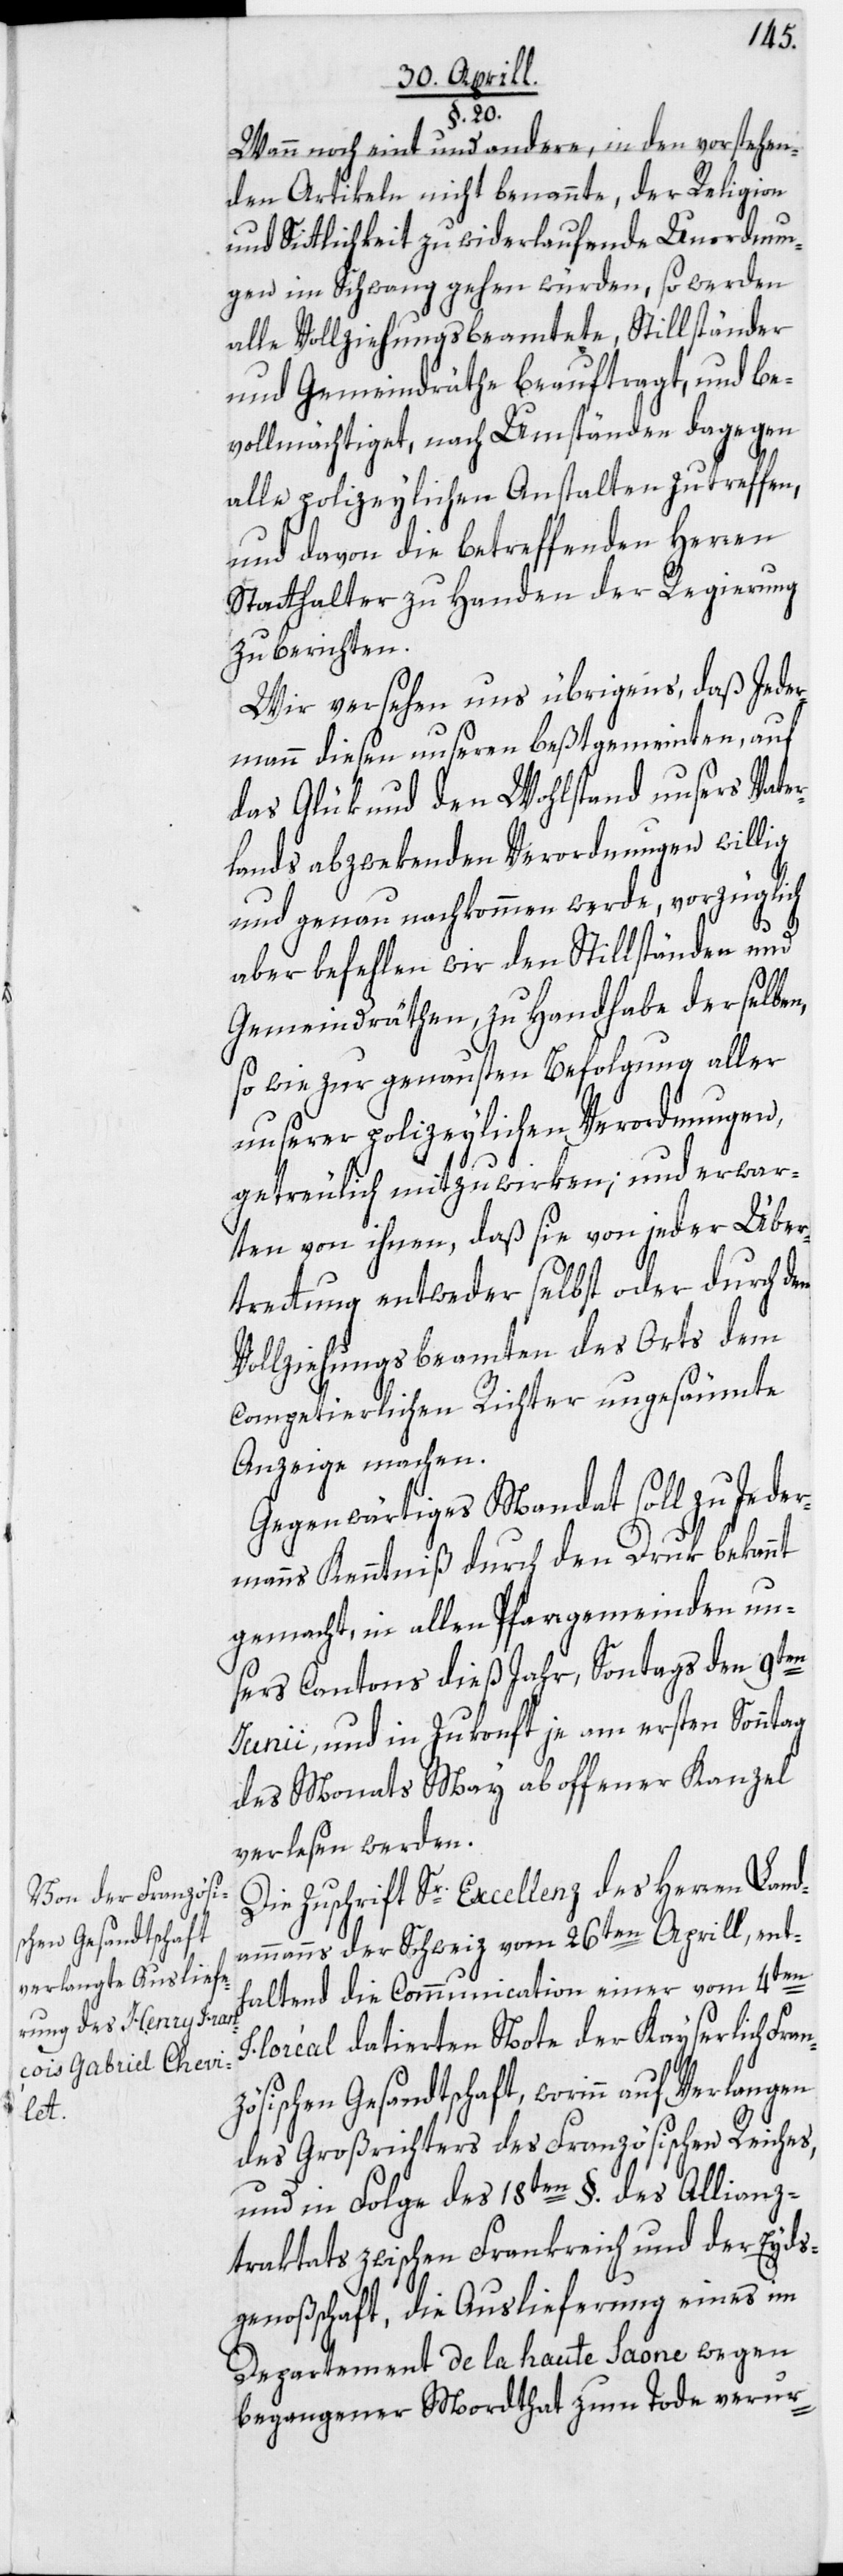
§. 20.
Wann noch eint und andere, in den vorstehen¬
den Artikeln nicht benannte, der Religion
und Sittlichkeit zu widerlaufende Unordnun¬
gen im Schwang gehen würden, so werden
alle Vollziehungsbeamtete, Stillständer
und Gemeindräthe beauftragt, und be¬
vollmächtiget, nach Umständen dagegen
alle polizeylichen Anstalten zu treffen,
und davon die betreffenden Herren
Stadthalter zu Handen der Regierung
zu berichten.
Wir versehen uns übrigens, daß Jeder¬
mann diesen unseren beßtgemeinten, auf
das Glük und den Wohlstand unsers Vater¬
lands abzwekenden Verordnungen willig
und genau nachkommen werde, vorzüglich
aber befehlen wir den Stillständen und
Gemeinräthen, zu Handhabe derselben,
so wie zur genausten Befolgung aller
unserer polizeylichen Verordnungen,
getreulich mitzuwirken; und erwar¬
ten von ihnen, daß sie von jeder Über¬
trettung entweder selbst oder durch den
Vollziehungsbeamten des Orts dem
competierlichen Richter ungesäumte
Anzeige machen.
Gegenwärtiges Mandat soll zu Jeder¬
manns Kenntniß durch den Druk bekannt
gemacht, in allen Pfarrgemeinden un¬
sers Cantons dieß Jahr, Sontags den 9ten
Junii, und in Zukonft je am ersten Sonntag
des Monats May ab offener Kanzel
verlesen werden.
Die Zuschrift Sr. Excellenz des Herren Land¬
ammanns der Schweiz vom 26ten Aprill, ent¬
haltend die Communication einer vom 4ten
Floréal datierten Note der Kayserlich Fran¬
zösischen Gesandtschaft, worinn auf Verlangen
des Großrichters des Französischen Reiches,
und in Folge des 18ten §. des Allianz¬
traktats zwischen Frankreich und der Eyds¬
genoßschaft, die Auslieferung eines im
Departement de la haute Saone wegen
begangener Mordthat zum Tode verur-